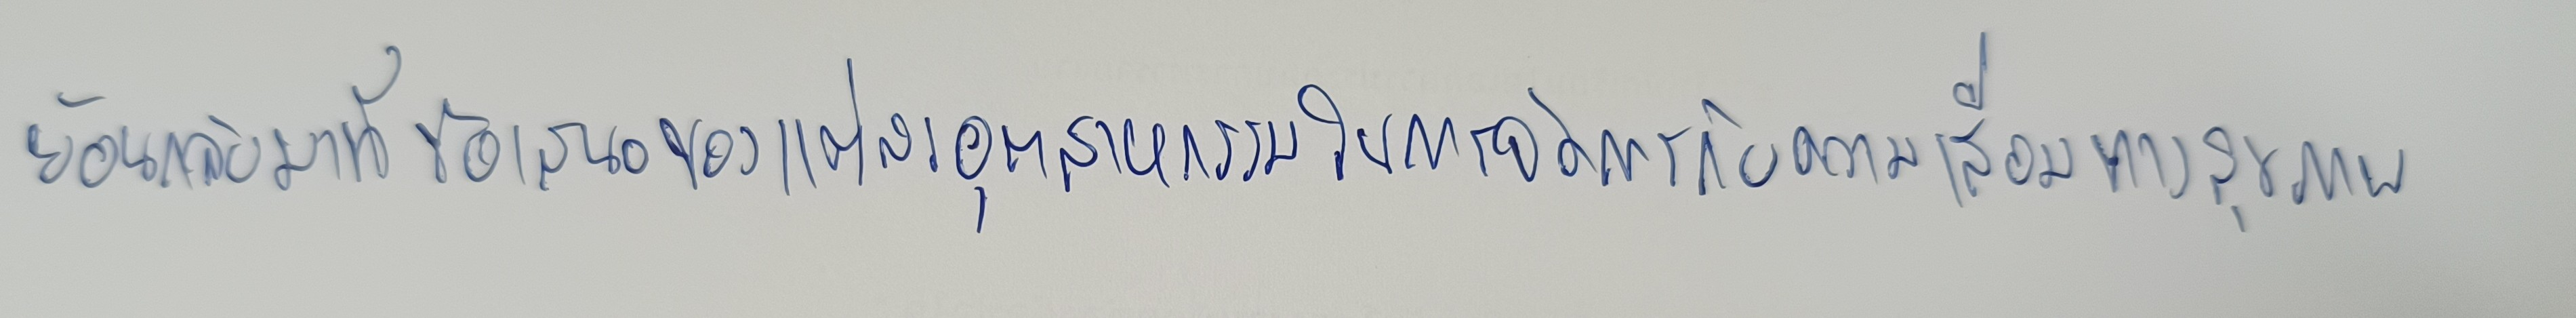
ย้อนกลับมาที่ข้อเสนอของแต่ละอุตสาหกรรมในการจัดการกับความเสื่อมทางสุขภาพ